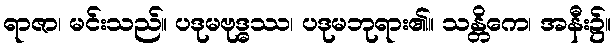
ရာဇာ၊ မင်းသည်။ ပဒုမဗုဒ္ဓဿ၊ ပဒုမဘုရား၏။ သန္တိကေ၊ အနီး၌။